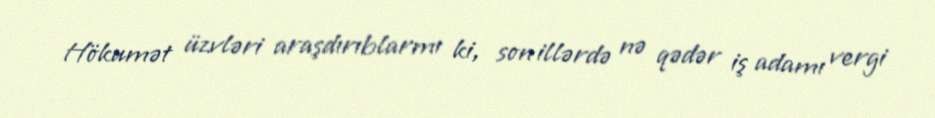
Hökumət üzvləri araşdırıblarmı ki, son illərdə nə qədər iş adamı vergi